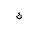
Letter: _kaf